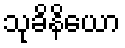
သုခိနိယော